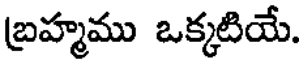
బ్రహ్మము ఒక్కటియే.